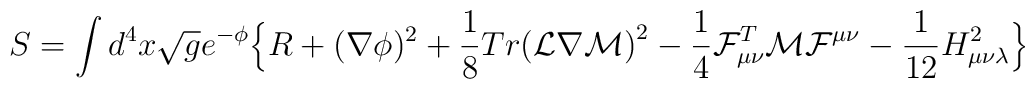
S = \int d^4x \sqrt{{g}} e^{- \phi} \Bigl\{{R} + ({\nabla} \phi)^2 + \frac{1}{8} Tr \bigl({\cal L} \nabla {\cal M}\bigr)^2- \frac{1}{4} {\cal F}^T_{\mu\nu} {\cal M} {\cal F}^{\mu\nu}- \frac{1}{12} {H}^2_{\mu\nu\lambda}\Bigr\}